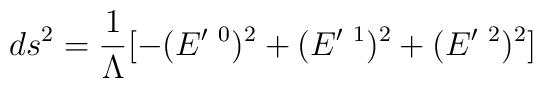
ds^{2}=\frac{1}{\Lambda}[-(E^{\prime\mbox{ }0})^{2}+(E^{\prime\mbox{ }1})^{2}                         +(E^{\prime\mbox{ }2})^{2}]